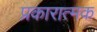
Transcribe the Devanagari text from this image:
प्रकारात्मक